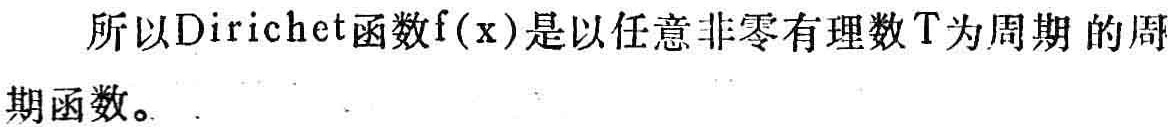
所以Dirichlet函数\(f(x)\)是以任意非零有理数\(T\)为周期的周期函数。